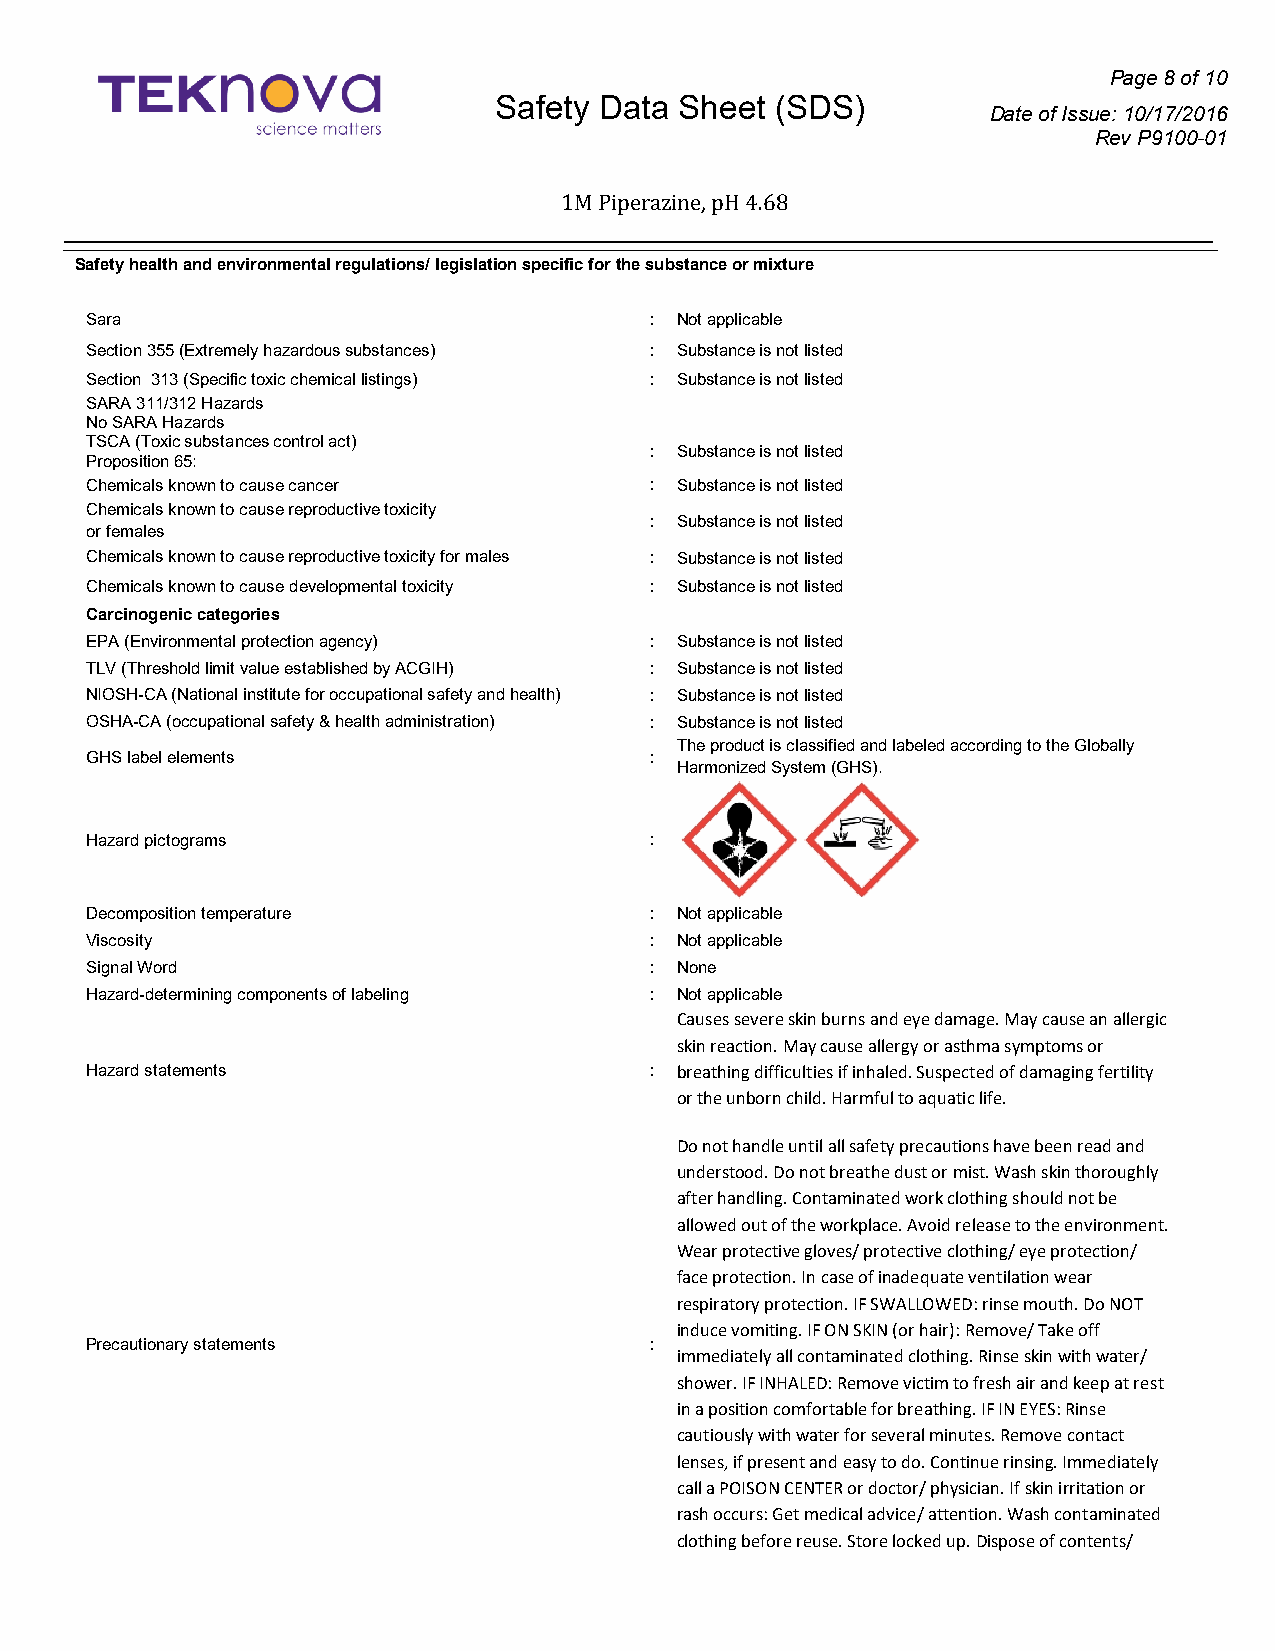
Page 8 of 10
 Safety Data Sheet (SDS)
 Date of Issue: 10/17/2016
 Rev P9100-01
 1M Piperazine, pH 4.68
 Safety health and environmental regulations/ legislation specific for the substance or mixture
 Sara                                 : Not applicable
 Section 355 (Extremely hazardous substances) : Substance is not listed
 Section 313 (Specific toxic chemical listings) : Substance is not listed
 SARA 311/312 Hazards
 No SARA Hazards
 TSCA (Toxic substances control act)
 : Substance is not listed
 Proposition 65:
 Chemicals known to cause cancer      : Substance is not listed
 Chemicals known to cause reproductive toxicity
 : Substance is not listed
 or females
 Chemicals known to cause reproductive toxicity for males : Substance is not listed
 Chemicals known to cause developmental toxicity : Substance is not listed
 Carcinogenic categories
 EPA (Environmental protection agency) : Substance is not listed
 TLV (Threshold limit value established by ACGIH) : Substance is not listed
 NIOSH-CA (National institute for occupational safety and health) : Substance is not listed
 OSHA-CA (occupational safety & health administration) : Substance is not listed
 The product is classified and labeled according to the Globally
 GHS label elements                   :
 Harmonized System (GHS).
 Hazard pictograms                    :
 Decomposition temperature            : Not applicable
 Viscosity                            : Not applicable
 Signal Word                          : None
 Hazard-determining components of labeling : Not applicable
 Causes severe skin burns and eye damage. May cause an allergic
 skin reaction. May cause allergy or asthma symptoms or
 Hazard statements                    : breathing difficulties if inhaled. Suspected of damaging fertility
 or the unborn child. Harmful to aquatic life.
 Do not handle until all safety precautions have been read and
 understood. Do not breathe dust or mist. Wash skin thoroughly
 after handling. Contaminated work clothing should not be
 allowed out of the workplace. Avoid release to the environment.
 Wear protective gloves/ protective clothing/ eye protection/
 face protection. In case of inadequate ventilation wear
 respiratory protection. IF SWALLOWED: rinse mouth. Do NOT
 induce vomiting. IF ON SKIN (or hair): Remove/ Take off
 Precautionary statements             :
 immediately all contaminated clothing. Rinse skin with water/
 shower. IF INHALED: Remove victim to fresh air and keep at rest
 in a position comfortable for breathing. IF IN EYES: Rinse
 cautiously with water for several minutes. Remove contact
 lenses, if present and easy to do. Continue rinsing. Immediately
 call a POISON CENTER or doctor/ physician. If skin irritation or
 rash occurs: Get medical advice/ attention. Wash contaminated
 clothing before reuse. Store locked up. Dispose of contents/